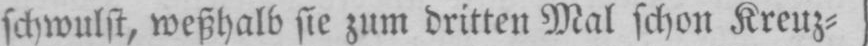
schwulst, weßhalb sie zum dritten Mal schon Kreuz⸗